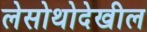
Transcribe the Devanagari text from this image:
लेसोथोदेखील